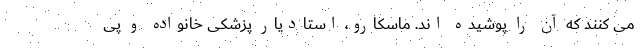
می کنند که آن را پوشیده اند. ماسکارو، استادیار پزشکی خانواده و پی